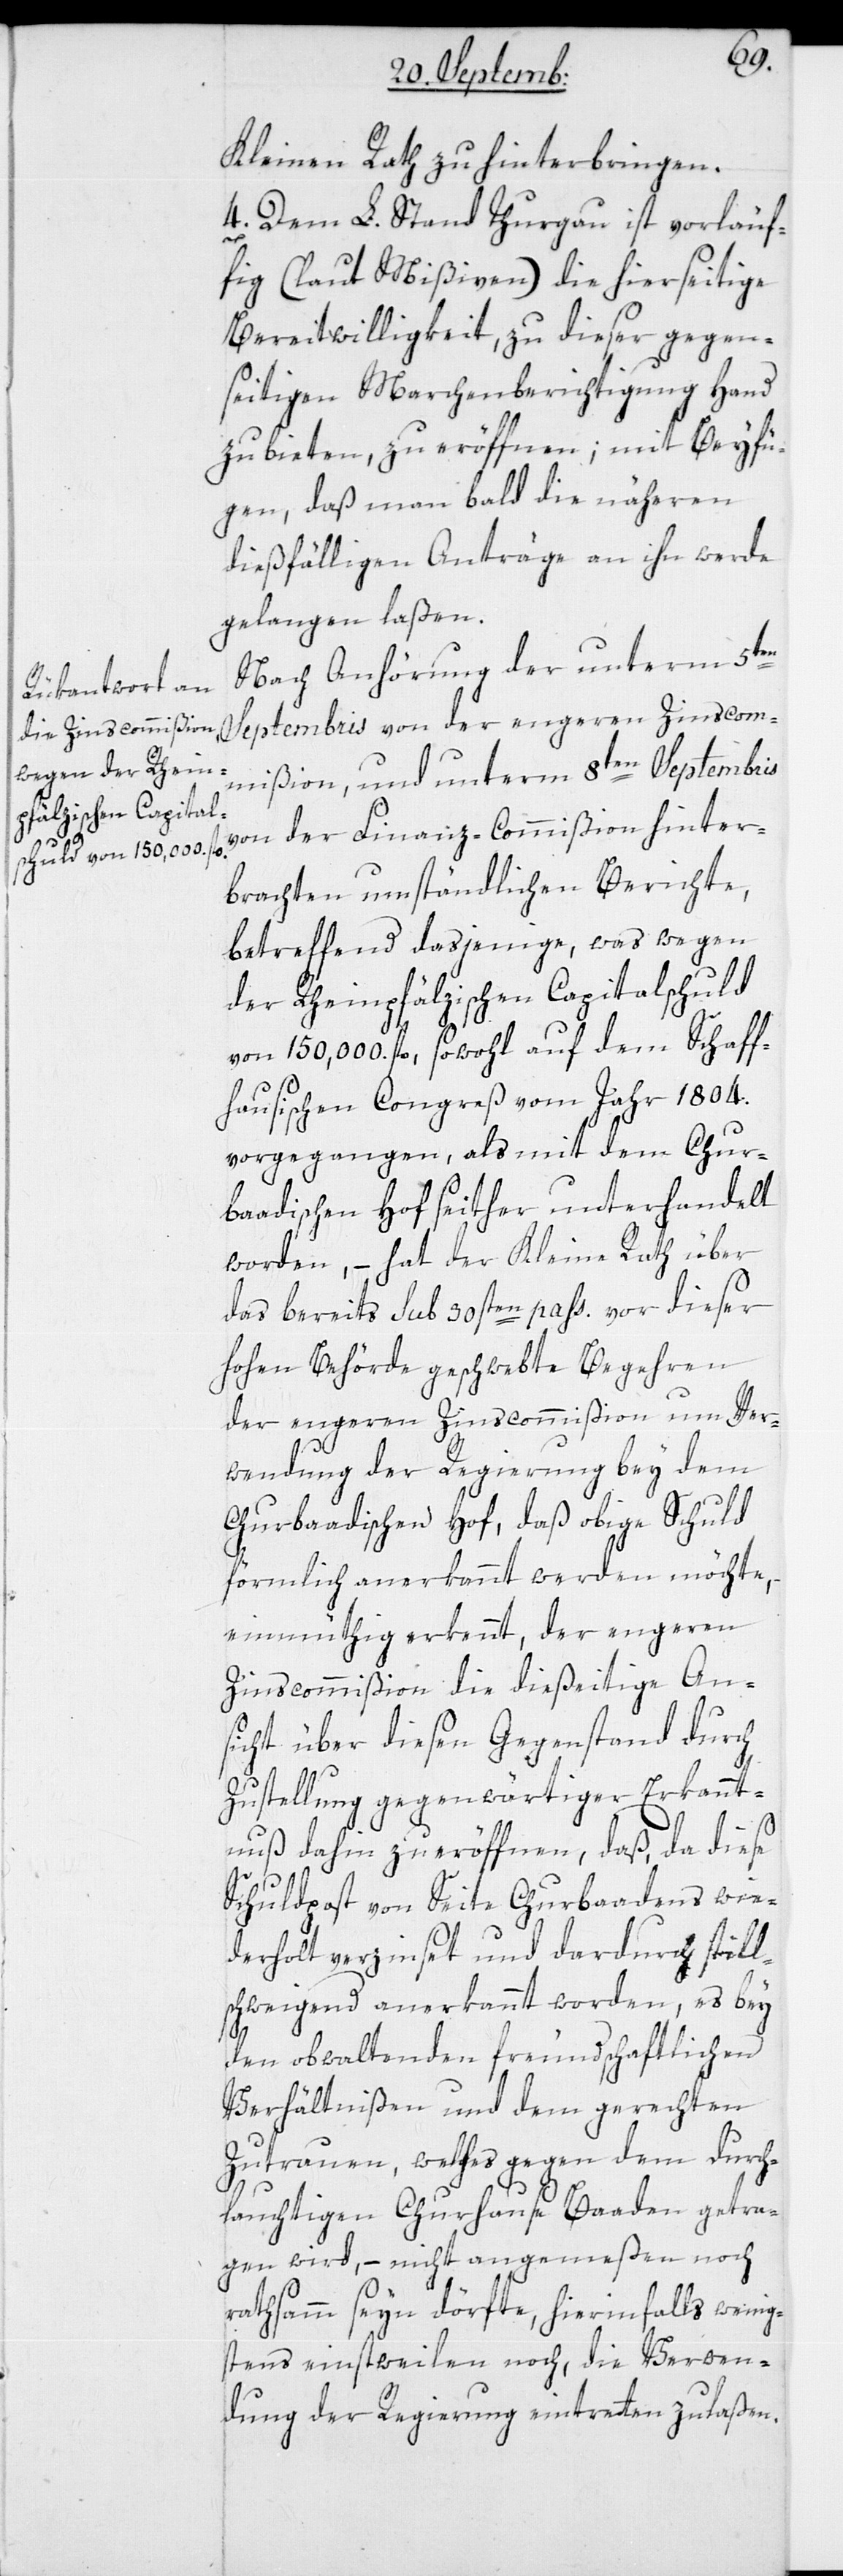
Kleinen Rath zu hinterbringen.
4. Dem L. Stand Thurgau ist vorläuf¬
ig (laut Mißiven) die hierseitige
Bereitwilligkeit, zu dieser gegen¬
seitigen Marchenberichtigung Hand
zu bieten, zu eröffnen; mit Beyfü¬
gen, daß man bald die näheren
dießfälligen Anträge an ihn werde
gelangen laßen.
Nach Anhörung der unterm 5ten
Septembris von der engeren Zinscom¬
mißion und unterm 8ten Septembris
von der Finanz-Commißion hinter¬
brachten umständlichen Berichte,
betreffend dasjenige, was wegen
der rheinpfälzischen Capitalschuld
von 150 000. fl. sowohl auf dem Schaff¬
hausischen Congreß vom Jahr 1804.
vorgegangen, als mit dem Chur¬
badischen Hof seither unterhandelt
worden, – hat der Kleine Rath über
das bereits sub 30sten passati vor dieser
hohen Behörde geschwebte Begehren
der engeren Zinscommißion um Ver¬
wendung der Regierung bey dem
Churbadischen Hof, daß obige Schuld
förmlich anerkannt werden möchte,
einmüthig erkennt, der engeren
Zinscommißion die dießeitige An¬
sicht über diesen Gegenstand durch
Zustellung gegenwärtiger Erkannt¬
nuß dahin zu eröffnen, daß, da diese
Schuldpost von Seite Churbadens wie¬
derholt verzinset und dardurch still¬
schweigend anerkannt worden, es bey
den obwaltenden freundschaftlichen
Verhältnißen und dem gerechten
Zutrauen, welches gegen dem durch¬
lauchtigen Churhause Baaden getra¬
gen wird, – nicht angemeßen noch
rathsamm sein dörfte, hierinfalls wenig¬
stens einstweilen noch, die Verwen¬
dung der Regierung eintretten zu laßen.